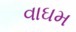
વાઘમ